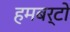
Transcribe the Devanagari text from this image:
हमबर्टो